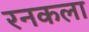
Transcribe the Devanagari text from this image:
रनकला